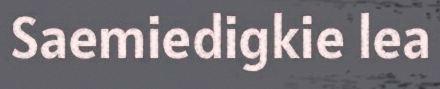
Saemiedigkie lea